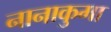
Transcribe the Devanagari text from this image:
नानाकुमा